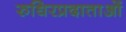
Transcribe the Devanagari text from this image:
रुधिरप्रदाताओं